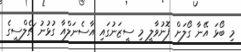
މި ބޯޅަ އޭނާ ގޯލަށް ފޮނުވާލީ މި ސީޒަނުގައި އާސެނަލްއާ ގުޅުނު ޗެލްސީގެ